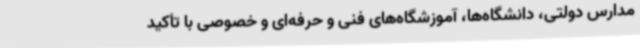
مدارس دولتی، دانشگاه‌ها، آموزشگاه‌های فنی و حرفه‌ای و خصوصی با تأکید